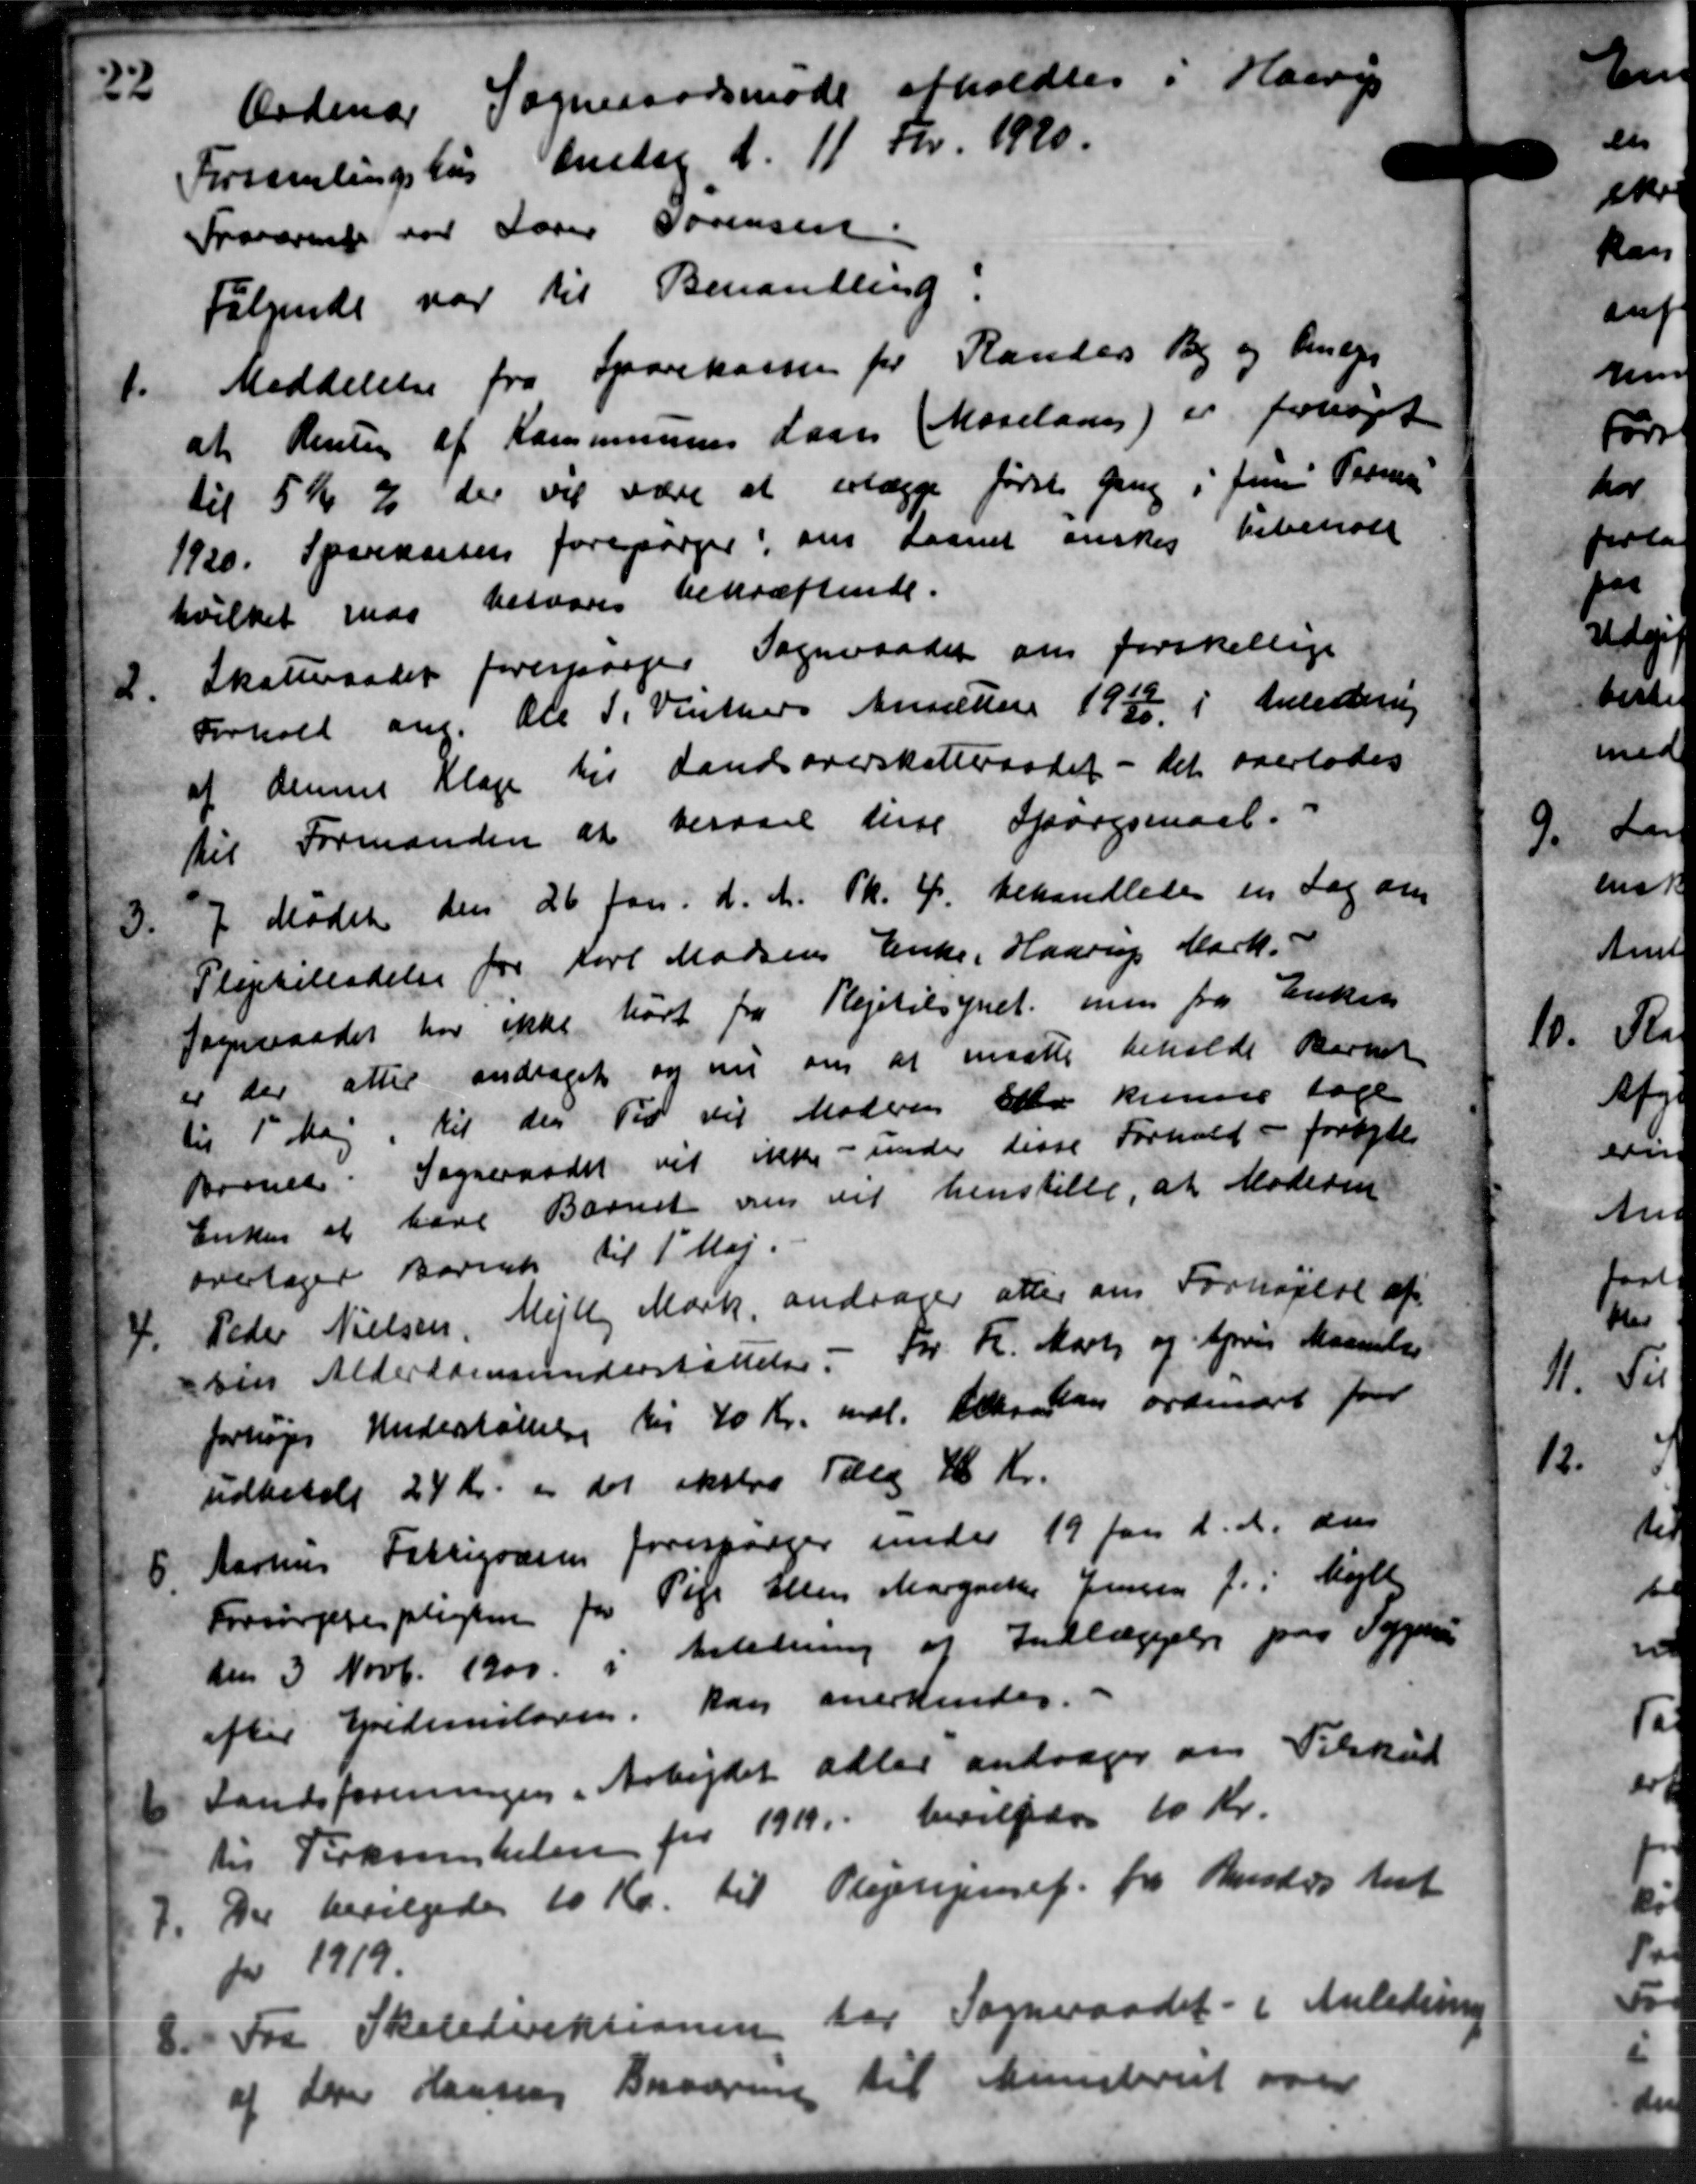
Transskription:
Ordinær Sogneraadsmøde afholdtes i Hass
Forsamlingshus beredag d. 11 Fbr. 1920.
Fraværende over Lærer Sørensen
Følgende var til Benavilling.
1.
Meddelelse fra Sparekassen for Randers By og Amager
at Renten af Kommunens Laan Moselade) er forhøjet
til 5 Kr % der vil være at erlægge første gang i Juni Peder
1920. Sparekassen forespørger, om Laanet ønskes Vibenale
hvilket var besvares bekræftende.
1.
Skatteraadet forespørger Sogneraadet om forskellige
Forhold ang. Ole P. Vinthers Ansætter 1932 i Anledning
af dennes Klage til Landsoverskatteraadet - det overlodes
til Formanden at besaaet tine Spørgsmaal.
3.
7 Mødet den 26 Jan. d. A. Sk. 4. behandledes en Sag om
Plejetilladelse fra Karl Madsens Enke, Haarup Mark.
Sogneraadet har ikke hørt fra Plejetilsynet men fra Enken
er der atter andraget og nu om at maatte beholde Birket
til 1' Maj, til den Tid vil Moderen Elev kunner tage
Børnet. Sogneraadet vil ikke - under disse Forhold - forbyde
Enken at have Barnet om det henstille, at Moderen
overtager Barnet til 1' Maj.
4.
Peder Nielsen, Mejlby Mark, andrager atter om Forhøjelse af
sin Alderdomsunderstøttelse - For Fr. Marts og April Maanelse
forsøges Understøttelse til 40 Kr. mdl. Det kan ordinært fore
udbetale 24 Kr. i det ekstra Tale 46 Kr.
8.
Aarhus Fattigvæsen forespørger under 19 Jan d. A. den
Forsørgelsespligten for Pile Ellen Margrethe Jensen f. i Mejlby
den 3 Novb. 1900 i Anledning af Indlæggelse paa Sygea
efter Gedemiloven, kan anerkendes.
6
Landsforeningen i Arbejdet adler andrager om Tilskud
til Fiskekelen for 1919 bevilgedes 10 Kr.
7.
Der bevilgedes 10 Kr. til Plejehjemef. fra Anders Amt
for 1919
8.
Fra Skoledirektionen for Sogneraadet - i Anledning
af derer Hansens Beværne til Ministeriet over